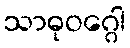
သာဓုဝဂ္ဂေါ